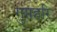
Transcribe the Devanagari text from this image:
गुप्तहरि